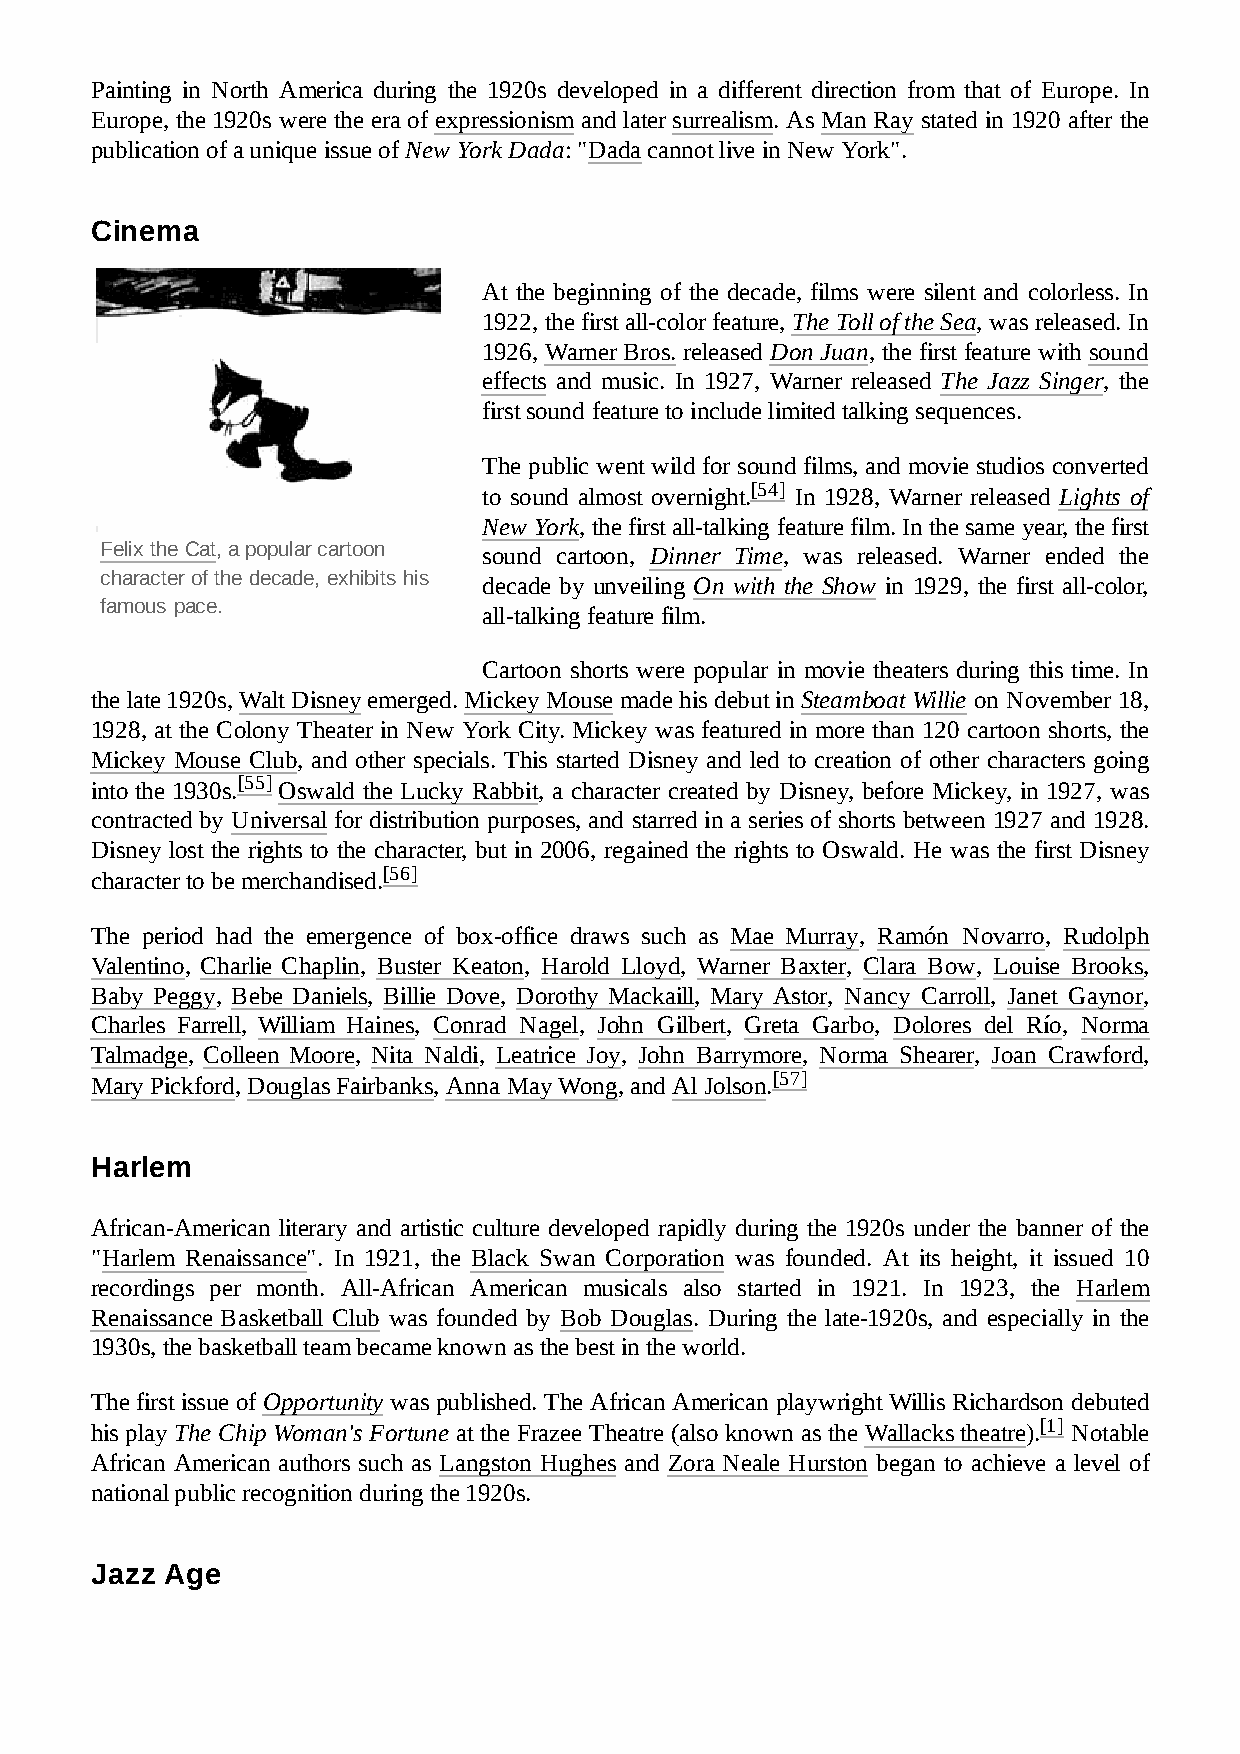
Painting in North America during the 1920s developed in a different direction from that of Europe. In
 Europe, the 1920s were the era of expressionism and later surrealism. As Man Ray stated in 1920 after the
 publication of a unique issue of New York Dada: "Dada cannot live in New York".
 Cinema
 At the beginning of the decade, films were silent and colorless. In
 1922, the first all-color feature, The Toll of the Sea, was released. In
 1926, Warner Bros. released Don Juan, the first feature with sound
 effects and music. In 1927, Warner released The Jazz Singer, the
 first sound feature to include limited talking sequences.
 The public went wild for sound films, and movie studios converted
 to sound almost overnight.[54] In 1928, Warner released Lights of
 New York, the first all-talking feature film. In the same year, the first
 Felix the Cat, a popular cartoon sound cartoon, Dinner Time, was released. Warner ended the
 character of the decade, exhibits his decade by unveiling On with the Show in 1929, the first all-color,
 famous pace.
 all-talking feature film.
 Cartoon shorts were popular in movie theaters during this time. In
 the late 1920s, Walt Disney emerged. Mickey Mouse made his debut in Steamboat Willie on November 18,
 1928, at the Colony Theater in New York City. Mickey was featured in more than 120 cartoon shorts, the
 Mickey Mouse Club, and other specials. This started Disney and led to creation of other characters going
 into the 1930s.[55] Oswald the Lucky Rabbit, a character created by Disney, before Mickey, in 1927, was
 contracted by Universal for distribution purposes, and starred in a series of shorts between 1927 and 1928.
 Disney lost the rights to the character, but in 2006, regained the rights to Oswald. He was the first Disney
 character to be merchandised.[56]
 The period had the emergence of box-office draws such as Mae Murray, Ramón Novarro, Rudolph
 Valentino, Charlie Chaplin, Buster Keaton, Harold Lloyd, Warner Baxter, Clara Bow, Louise Brooks,
 Baby Peggy, Bebe Daniels, Billie Dove, Dorothy Mackaill, Mary Astor, Nancy Carroll, Janet Gaynor,
 Charles Farrell, William Haines, Conrad Nagel, John Gilbert, Greta Garbo, Dolores del Río, Norma
 Talmadge, Colleen Moore, Nita Naldi, Leatrice Joy, John Barrymore, Norma Shearer, Joan Crawford,
 Mary Pickford, Douglas Fairbanks, Anna May Wong, and Al Jolson.[57]
 Harlem
 African-American literary and artistic culture developed rapidly during the 1920s under the banner of the
 "Harlem Renaissance". In 1921, the Black Swan Corporation was founded. At its height, it issued 10
 recordings per month. All-African American musicals also started in 1921. In 1923, the Harlem
 Renaissance Basketball Club was founded by Bob Douglas. During the late-1920s, and especially in the
 1930s, the basketball team became known as the best in the world.
 The first issue of Opportunity was published. The African American playwright Willis Richardson debuted
 his play The Chip Woman's Fortune at the Frazee Theatre (also known as the Wallacks theatre).[1] Notable
 African American authors such as Langston Hughes and Zora Neale Hurston began to achieve a level of
 national public recognition during the 1920s.
 Jazz Age